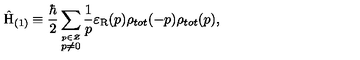
\hat { \mathrm { H } } _ { ( 1 ) } \equiv \frac { \hbar } { 2 } \sum _ { \stackrel { p \in \cal Z } { p \neq 0 } } \frac { 1 } { p } \varepsilon _ { \mathrm { R } } ( p ) \rho _ { t o t } ( - p ) \rho _ { t o t } ( p ) ,